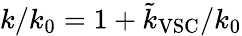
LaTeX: k/k_{0}=1+\tilde{k}_{\mathrm{VSC}}/k_{0}